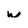
Character: w